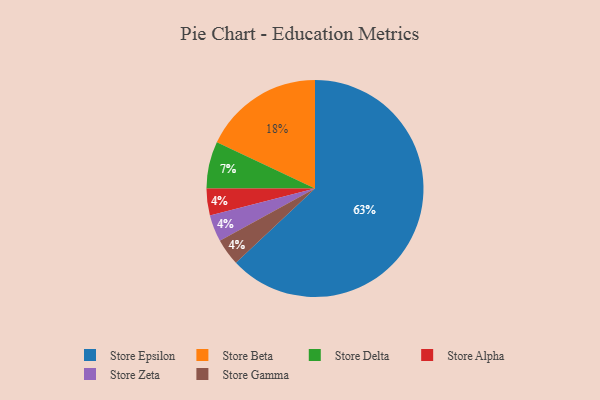
{"axis": {"x": "Category", "y": "Percentage"}, "legend": ["Store Alpha", "Store Beta", "Store Delta", "Store Epsilon", "Store Gamma", "Store Zeta"], "data": [{"x": "Store Epsilon", "y": 63, "type": "Store Epsilon"}, {"x": "Store Alpha", "y": 4, "type": "Store Alpha"}, {"x": "Store Zeta", "y": 4, "type": "Store Zeta"}, {"x": "Store Gamma", "y": 4, "type": "Store Gamma"}, {"x": "Store Delta", "y": 7, "type": "Store Delta"}, {"x": "Store Beta", "y": 18, "type": "Store Beta"}]}